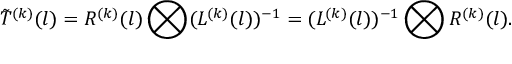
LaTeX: \tilde { { \cal T } } ^ { ( k ) } ( l ) = R ^ { ( k ) } ( l ) \bigotimes ( L ^ { ( k ) } ( l ) ) ^ { - 1 } = ( L ^ { ( k ) } ( l ) ) ^ { - 1 } \bigotimes R ^ { ( k ) } ( l ) .